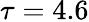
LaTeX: \tau=4.6